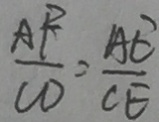
\frac { A P } { C D } = \frac { A C } { C E }